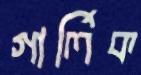
গার্লিক